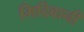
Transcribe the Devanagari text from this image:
मिदिवानी